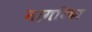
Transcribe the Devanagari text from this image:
नागरिका